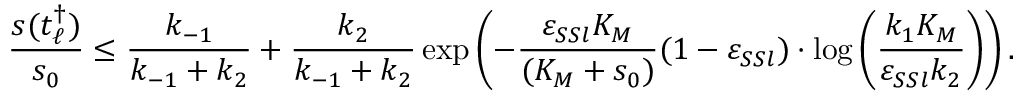
\frac { s ( t _ { \ell } ^ { \dagger } ) } { s _ { 0 } } \leq \frac { k _ { - 1 } } { k _ { - 1 } + k _ { 2 } } + \frac { k _ { 2 } } { k _ { - 1 } + k _ { 2 } } \exp \left( - \frac { \varepsilon _ { S S l } K _ { M } } { ( K _ { M } + s _ { 0 } ) } ( 1 - \varepsilon _ { S S l } ) \cdot \log \left( \frac { k _ { 1 } K _ { M } } { \varepsilon _ { S S l } k _ { 2 } } \right) \right) .